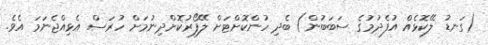
(ގަނޑު ލޭކޮޅެއް އުފެދުމުގެ ސަބަބުން) ބެދި ހުންކޮށްޓަށް ލޭފޯރުކޮށްދިނުމަށް ހުރަސް އެޅިއްޖެނަމަ އެވެ.